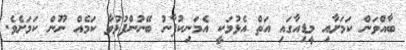
ބާއްވަން ކަމަށާއި މީޑިއާގައި އަތް އެޅުމަކީ އެމަނިކުފާނު ބޭނުންފުޅުވާ ކަމެއް ނޫން ކަމަށެވެ.